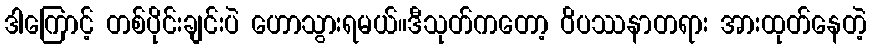
ဒါကြောင့် တစ်ပိုင်းချင်းပဲ ဟောသွားရမယ်။ဒီသုတ်ကတော့ ဝိပဿနာတရား အားထုတ်နေတဲ့